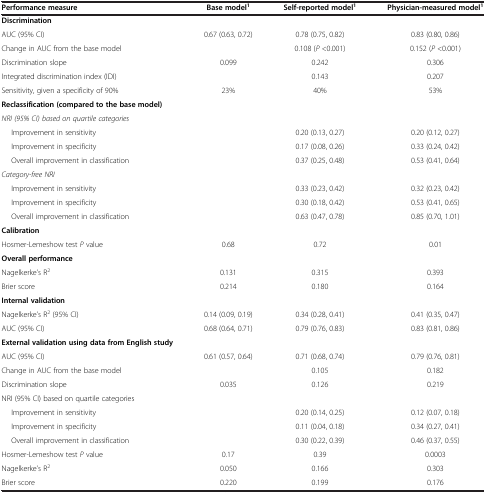
<table><thead><tr><td><b>Performance measure</b></td><td><b>Base model<sup>1</sup></b></td><td><b>Self-reported model<sup>1</sup></b></td><td><b>Physician-measured model<sup>1</sup></b></td></tr></thead><tbody><tr><td><b>Discrimination</b></td><td> </td><td> </td><td> </td></tr><tr><td>AUC (95% CI)</td><td>0.67 (0.63, 0.72)</td><td>0.78 (0.75, 0.82)</td><td>0.83 (0.80, 0.86)</td></tr><tr><td>Change in AUC from the base model</td><td> </td><td>0.108 (<i>P</i> &lt;0.001)</td><td>0.152 (<i>P</i> &lt;0.001)</td></tr><tr><td>Discrimination slope</td><td>0.099</td><td>0.242</td><td>0.306</td></tr><tr><td>Integrated discrimination index (IDI)</td><td> </td><td>0.143</td><td>0.207</td></tr><tr><td>Sensitivity, given a specificity of 90%</td><td>23%</td><td>40%</td><td>53%</td></tr><tr><td><b>Reclassification (compared to the base model)</b></td><td> </td><td> </td><td> </td></tr><tr><td><i>NRI (95% CI) based on quartile categories</i></td><td> </td><td> </td><td> </td></tr><tr><td>Improvement in sensitivity</td><td> </td><td>0.20 (0.13, 0.27)</td><td>0.20 (0.12, 0.27)</td></tr><tr><td>Improvement in specificity</td><td> </td><td>0.17 (0.08, 0.26)</td><td>0.33 (0.24, 0.42)</td></tr><tr><td>Overall improvement in classification</td><td> </td><td>0.37 (0.25, 0.48)</td><td>0.53 (0.41, 0.64)</td></tr><tr><td><i>Category-free NRI</i></td><td> </td><td> </td><td> </td></tr><tr><td>Improvement in sensitivity</td><td> </td><td>0.33 (0.23, 0.42)</td><td>0.32 (0.23, 0.42)</td></tr><tr><td>Improvement in specificity</td><td> </td><td>0.30 (0.18, 0.42)</td><td>0.53 (0.41, 0.65)</td></tr><tr><td>Overall improvement in classification</td><td> </td><td>0.63 (0.47, 0.78)</td><td>0.85 (0.70, 1.01)</td></tr><tr><td><b>Calibration</b></td><td> </td><td> </td><td> </td></tr><tr><td>Hosmer-Lemeshow test <i>P</i> value</td><td>0.68</td><td>0.72</td><td>0.01</td></tr><tr><td><b>Overall performance</b></td><td> </td><td> </td><td> </td></tr><tr><td>Nagelkerke’s R<sup>2</sup></td><td>0.131</td><td>0.315</td><td>0.393</td></tr><tr><td>Brier score</td><td>0.214</td><td>0.180</td><td>0.164</td></tr><tr><td><b>Internal validation</b></td><td> </td><td> </td><td> </td></tr><tr><td>Nagelkerke’s R<sup>2</sup> (95% CI)</td><td>0.14 (0.09, 0.19)</td><td>0.34 (0.28, 0.41)</td><td>0.41 (0.35, 0.47)</td></tr><tr><td>AUC (95% CI)</td><td>0.68 (0.64, 0.71)</td><td>0.79 (0.76, 0.83)</td><td>0.83 (0.81, 0.86)</td></tr><tr><td><b>External validation using data from English study</b></td><td> </td><td> </td><td> </td></tr><tr><td>AUC (95% CI)</td><td>0.61 (0.57, 0.64)</td><td>0.71 (0.68, 0.74)</td><td>0.79 (0.76, 0.81)</td></tr><tr><td>Change in AUC from the base model</td><td> </td><td>0.105</td><td>0.182</td></tr><tr><td>Discrimination slope</td><td>0.035</td><td>0.126</td><td>0.219</td></tr><tr><td>NRI (95% CI) based on quartile categories</td><td> </td><td> </td><td> </td></tr><tr><td>Improvement in sensitivity</td><td> </td><td>0.20 (0.14, 0.25)</td><td>0.12 (0.07, 0.18)</td></tr><tr><td>Improvement in specificity</td><td> </td><td>0.11 (0.04, 0.18)</td><td>0.34 (0.27, 0.41)</td></tr><tr><td>Overall improvement in classification</td><td> </td><td>0.30 (0.22, 0.39)</td><td>0.46 (0.37, 0.55)</td></tr><tr><td>Hosmer-Lemeshow test <i>P</i> value</td><td>0.17</td><td>0.39</td><td>0.0003</td></tr><tr><td>Nagelkerke’s R<sup>2</sup></td><td>0.050</td><td>0.166</td><td>0.303</td></tr><tr><td>Brier score</td><td>0.220</td><td>0.199</td><td>0.176</td></tr></tbody></table>